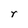
Character: r